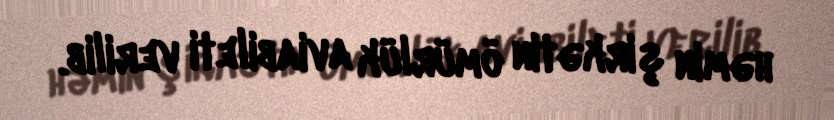
həmin şirkətin ömürlük aviabileti verilib.